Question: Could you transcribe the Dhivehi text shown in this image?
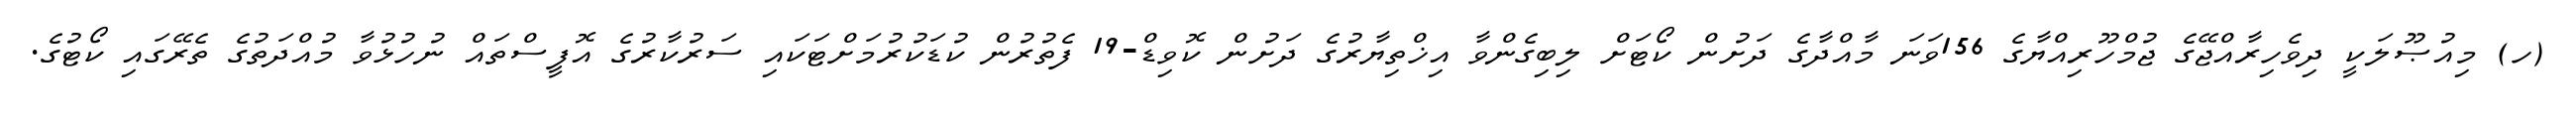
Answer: (ހ) މިއުޞޫލަކީ ދިވެހިރާއްޖޭގެ ޖުމްހޫރިއްޔާގެ 156ވަނަ މާއްދާގެ ދަށުން ކޯޓަށް ލިބިގެންވާ އިޚްތިޔާރުގެ ދަށުން ކޮވިޑް-19 ފެތުރުން ކުޑަކުރުމަށްޓަކައި ސަރުކާރުގެ އޮފީސްތައް ނުހުޅުވާ މުއްދަތުގެ ތެރޭގައި ކޯޓުގެ.